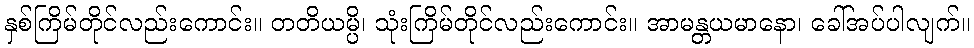
နှစ်ကြိမ်တိုင်လည်းကောင်း။ တတိယမ္ပိ၊ သုံးကြိမ်တိုင်လည်းကောင်း။ အာမန္တယမာနော၊ ခေါ်အပ်ပါလျက်။